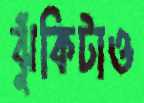
ঝুঁকিটাও